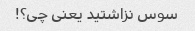
سوس نزاشتید یعنی چی؟!